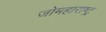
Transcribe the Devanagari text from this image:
जोमहाराष्ट्र